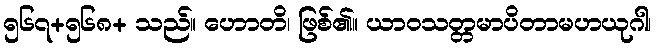
၅၆၇+၅၆၈+ သည်။ ဟောတိ၊ ဖြစ်၏။ ယာဝသတ္တမာပိတာမဟယုဂါ၊